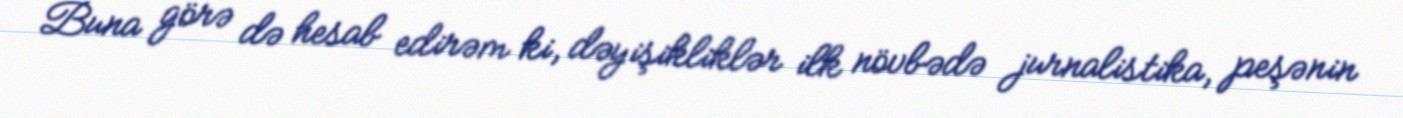
Buna görə də hesab edirəm ki, dəyişikliklər ilk növbədə jurnalistika, peşənin